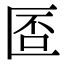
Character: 𠥀